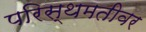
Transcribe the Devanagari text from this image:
परिस्थमतीवर